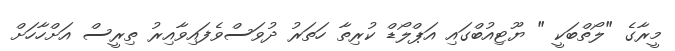
މީރާގެ "ލޯތްބަކީ " ޔޫޓިއުބްގައި އަޕްލޯޑް ކުރިތާ ހަތަރު ދުވަސްވެފައިވާއިރު ތިރީސް އަށްހާހަށް